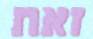
זאת